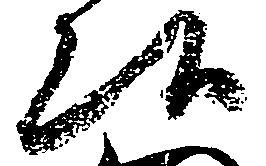
候